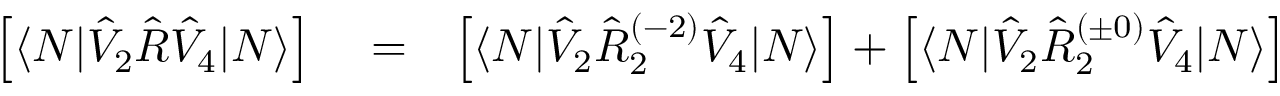
\begin{array} { r l r } { \left[ \langle N | \hat { V } _ { 2 } \hat { R } \hat { V } _ { 4 } | N \rangle \right] } & { { } = } & { \left[ \langle N | \hat { V } _ { 2 } \hat { R } _ { 2 } ^ { ( - 2 ) } \hat { V } _ { 4 } | N \rangle \right] + \left[ \langle N | \hat { V } _ { 2 } \hat { R } _ { 2 } ^ { ( \pm 0 ) } \hat { V } _ { 4 } | N \rangle \right] } \end{array}